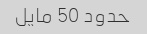
حدود 50 مایل